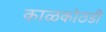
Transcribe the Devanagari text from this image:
काळकोठडी